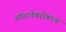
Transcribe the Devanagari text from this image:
संघटनेबरोबरच